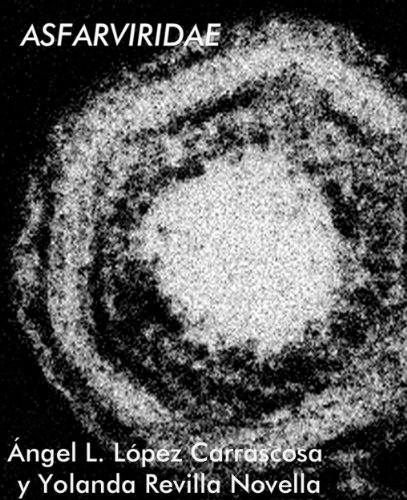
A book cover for ASFARVIRIDAE (cienciaenshorts) (Spanish Edition); Yolanda Revilla Novella; Medical Books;